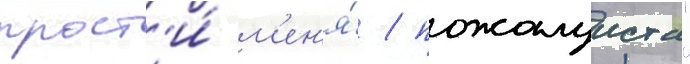
прост'и́ м'ен'я́ / пожалуиста"